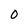
Character: 0